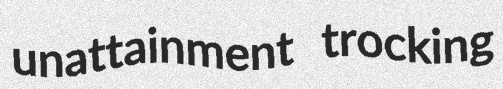
unattainment trocking